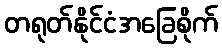
တရုတ်နိုင်ငံအခြေစိုက်